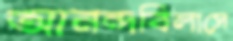
আনন্দবিলাসে